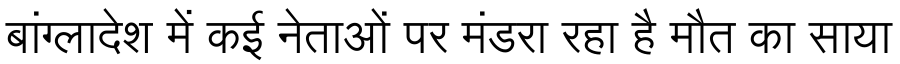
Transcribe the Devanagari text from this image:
बांग्लादेश में कई नेताओं पर मंडरा रहा है मौत का साया